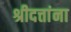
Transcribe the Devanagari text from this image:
श्रीदत्तांना